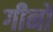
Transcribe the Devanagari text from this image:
गीनो